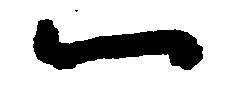
一